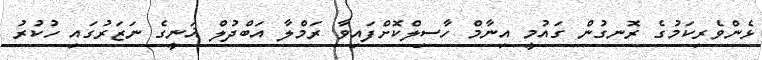
ޅެންވެރިކަމުގެ ރޮނގުން ގައުމީ އިނާމް ހާސިލްކޮށްފައިވާ ރަމްލާ އަބްދުލް ޣަނީގެ ނަޒަރުގައި ހުކުރު